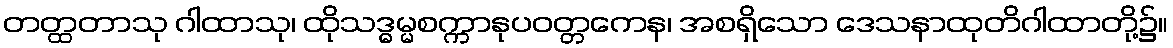
တတ္ထတာသု ဂါထာသု၊ ထိုသဒ္ဓမ္မစက္ကာနုပဝတ္တကေန၊ အစရှိသော ဒေသနာထုတိဂါထာတို့၌။